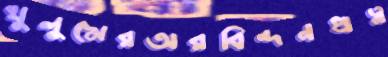
খুলুমেরঅরবিন্দনপ্রত্ন